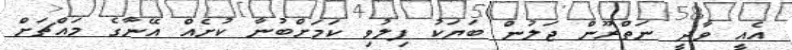
އެއީ ވާދީ ނަތްރޫން ޖަލުން ބަޔަކު ފިލުވި ކަމަށްބުނާ ކުށެއް އޭނާގެ މައްޗަށް